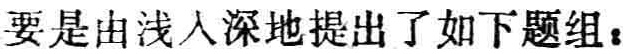
要是由浅入深地提出了如下题组：